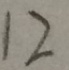
1 2